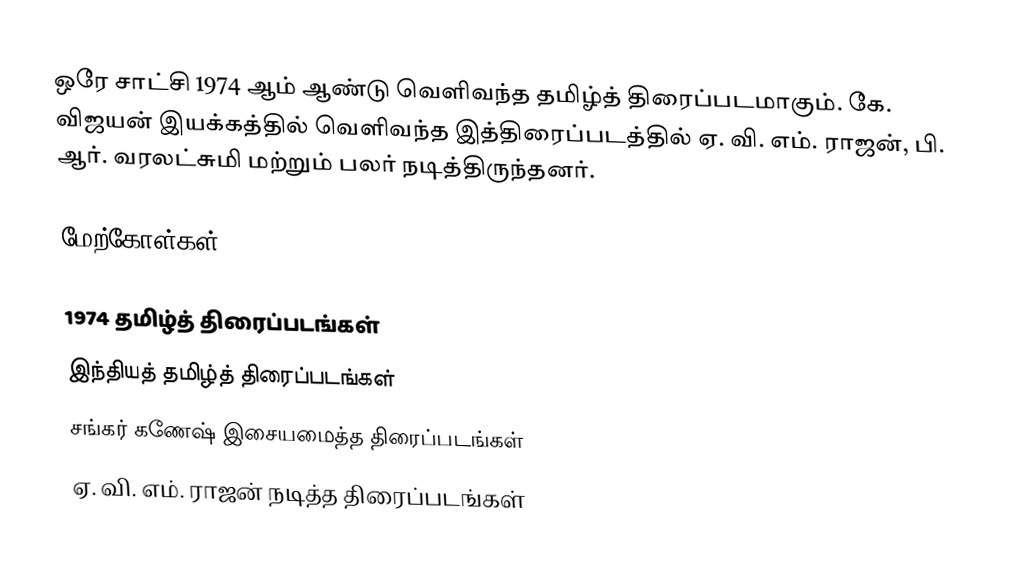
ஒரே சாட்சி 1974 ஆம் ஆண்டு வெளிவந்த தமிழ்த் திரைப்படமாகும். கே. விஜயன் இயக்கத்தில் வெளிவந்த இத்திரைப்படத்தில் ஏ. வி. எம். ராஜன், பி. ஆர். வரலட்சுமி மற்றும் பலர் நடித்திருந்தனர்.

மேற்கோள்கள்

1974 தமிழ்த் திரைப்படங்கள்
இந்தியத் தமிழ்த் திரைப்படங்கள்
சங்கர் கணேஷ் இசையமைத்த திரைப்படங்கள்
ஏ. வி. எம். ராஜன் நடித்த திரைப்படங்கள்